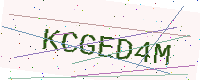
Text: KCGED4M